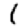
Digit: 1